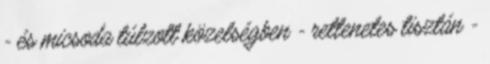
- és micsoda túlzott közelségben - rettenetes tisztán -